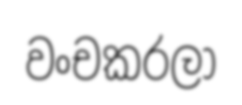
වංචකරලා